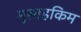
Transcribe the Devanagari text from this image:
मुस्तहकिम